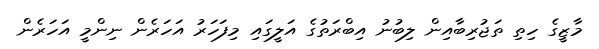
މާޒީގެ ހިތި ތަޖުރިބާއިން ލިބުނު އިބްރަތުގެ އަލީގައި މިފަހަރު އަހަރެން ނިންމީ އަހަރެން